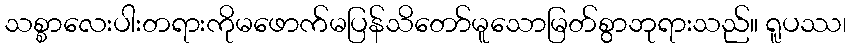
သစ္စာလေးပါးတရားကိုမဖောက်မပြန်သိတော်မူသောမြတ်စွာဘုရားသည်။ ရူပဿ၊